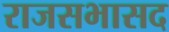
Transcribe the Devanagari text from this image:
राजसभासद